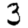
Digit: 3